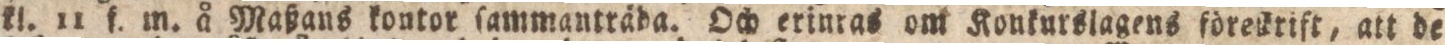
kl. 11 f. m. å Maßans kontor ſammanträda. Och erinras om Konkurslagens förekrift, att de